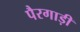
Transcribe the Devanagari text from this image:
पैरगाड़ी